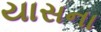
યાસના